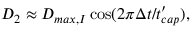
D _ { 2 } \approx D _ { m a x , I } \cos ( 2 \pi \Delta t / t _ { c a p } ^ { \prime } ) ,